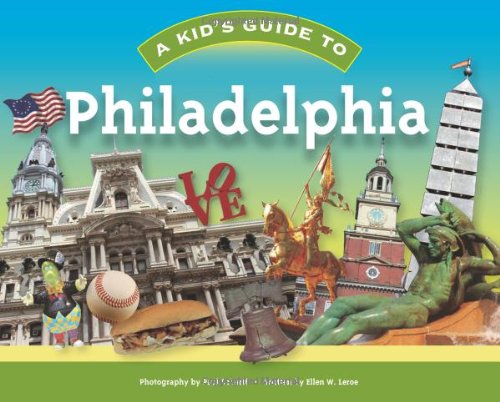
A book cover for A Kid's Guide to Philadelphia; Ellen W. Leroe; Travel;